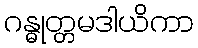
ဂန္ဓုတ္တမဒါယိကာ